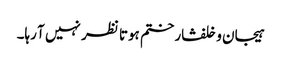
ہیجان وخلفشار ختم ہوتا نظر نہیں آ رہا۔